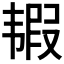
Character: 𩐀